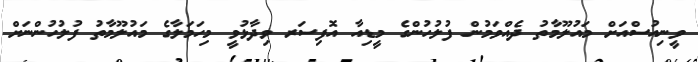
ވީނިއުސްއަށް މައުލޫމާތު ދެއްވަމުން ފުލުހުންގެ މީޑިއާ އޮފިސަރ ވިދާޅުވީ މިހަމަލާގެ މައުލޫމާތު ފުލުހުންނަށް